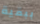
ببقية